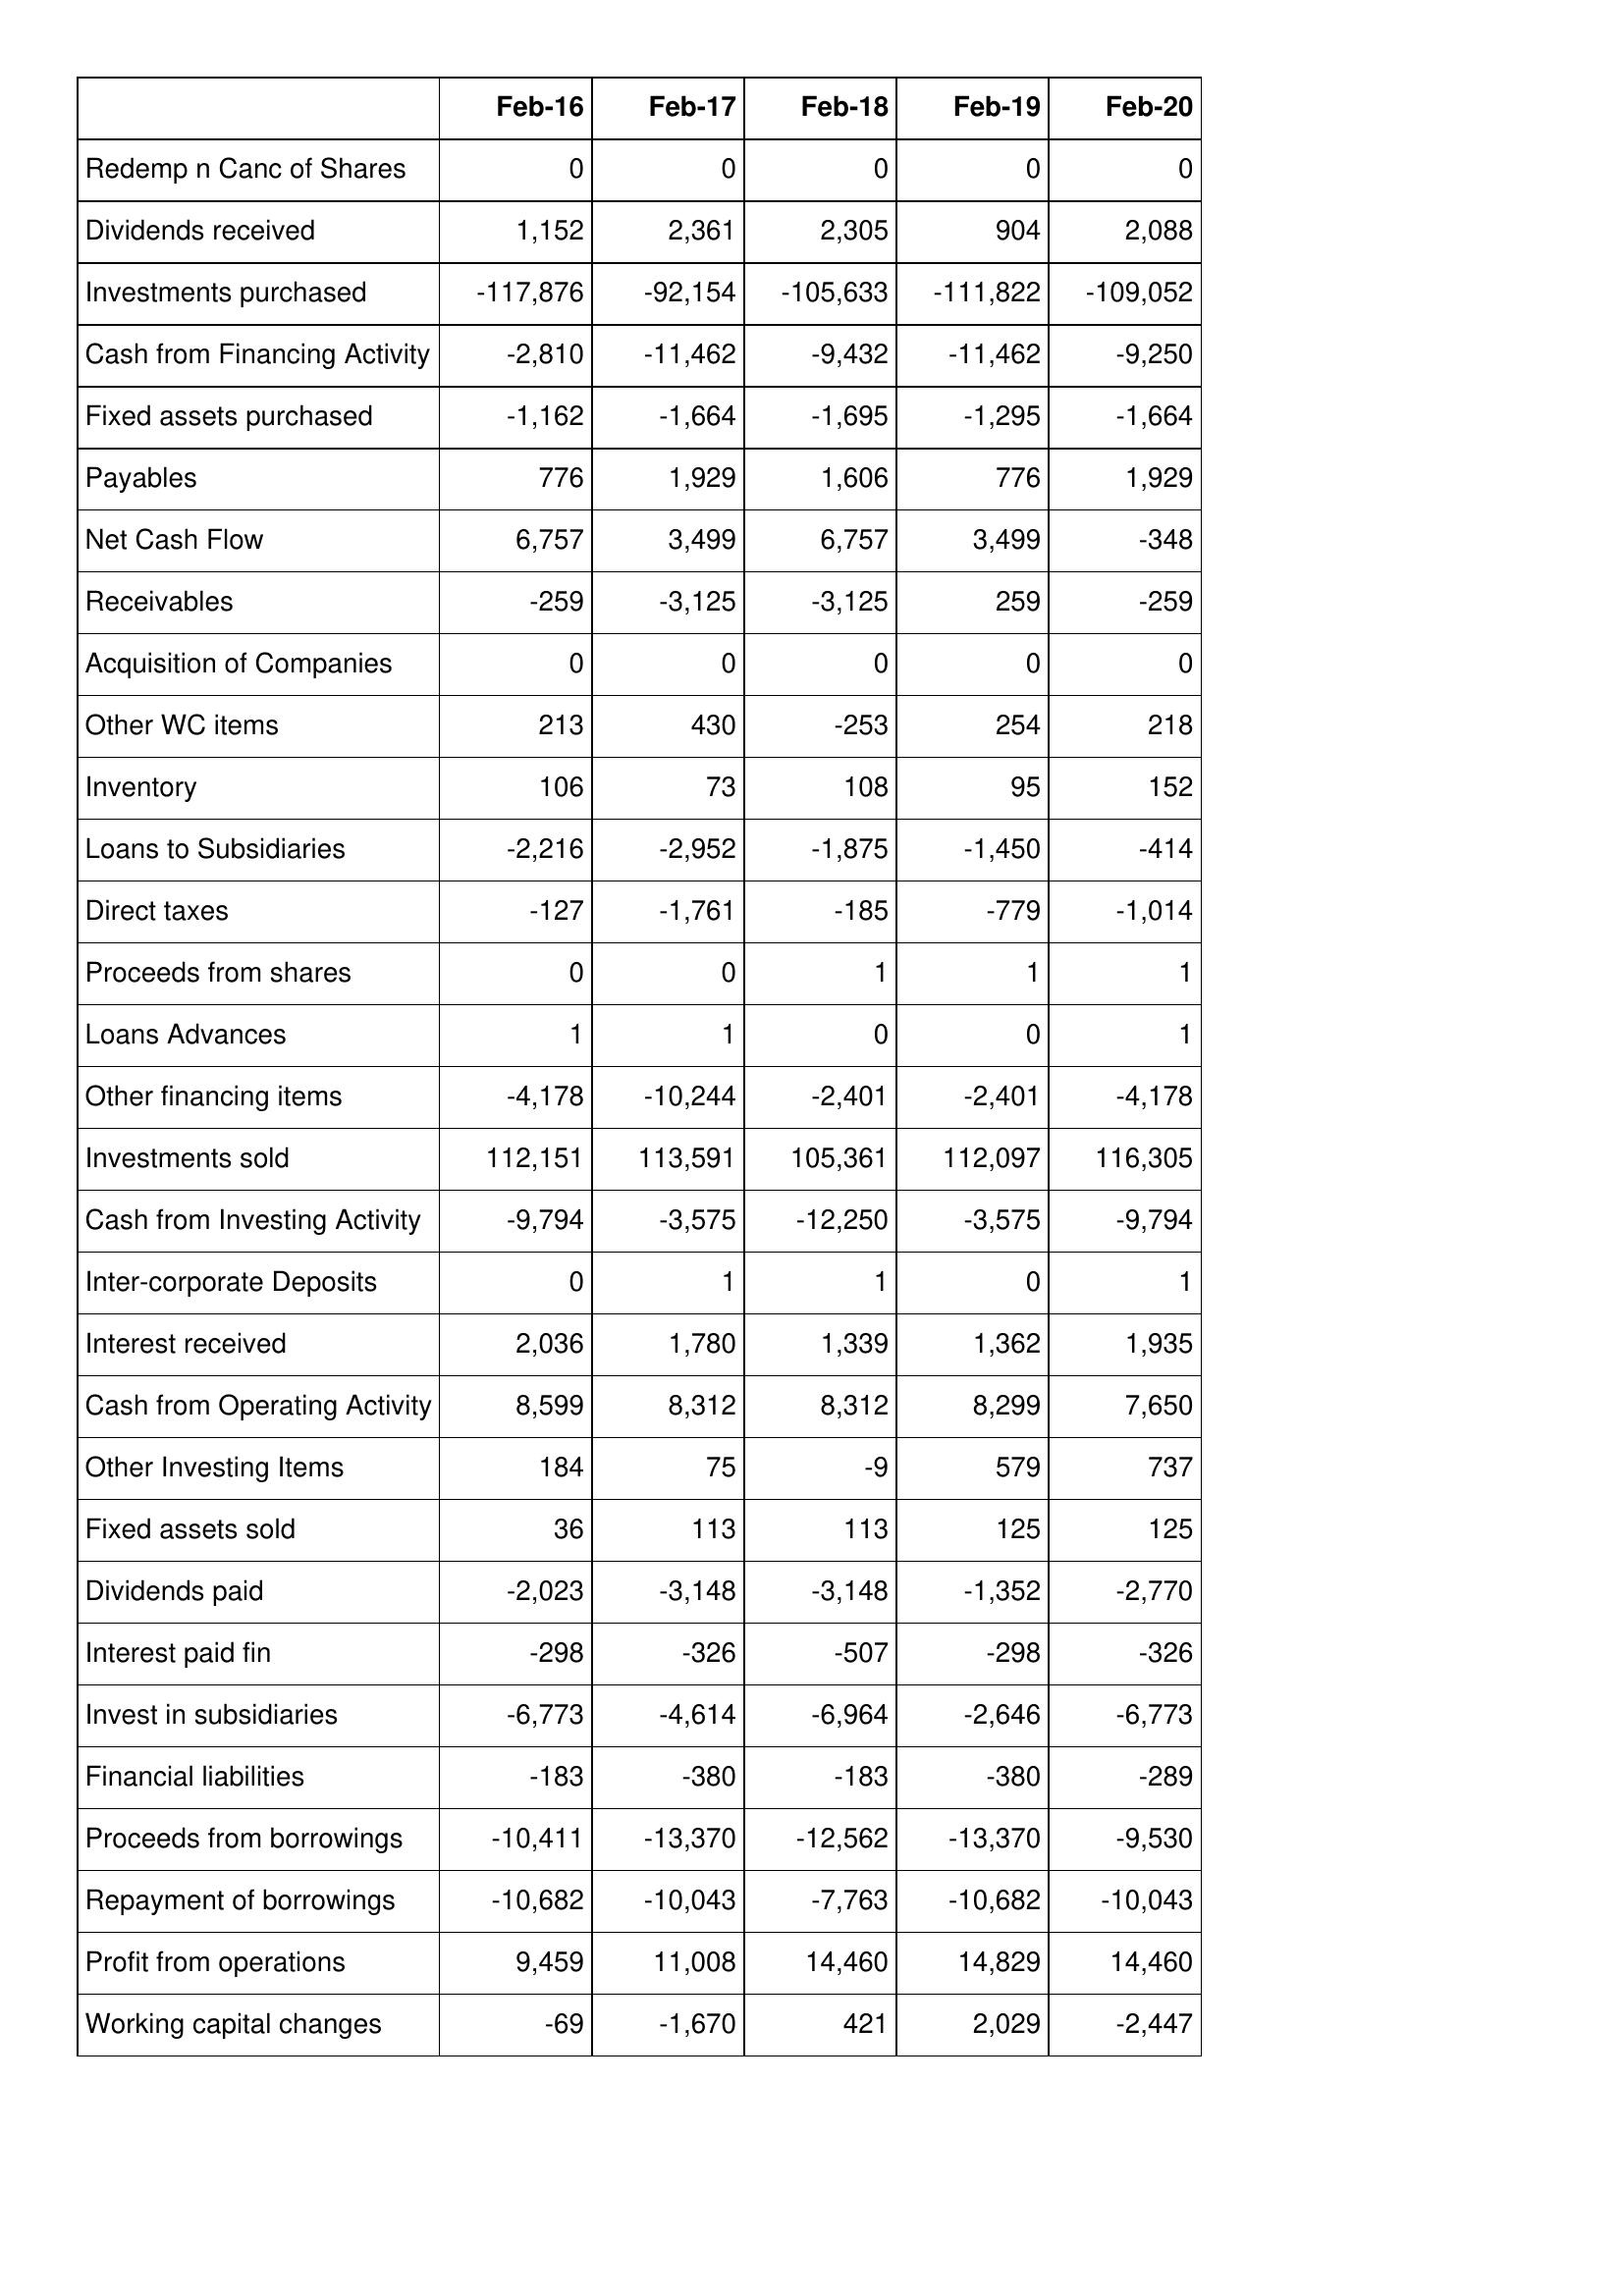
Feb-16: Cash Flows: Redemp n Canc of Shares: 0
Dividends received: 1,152
Investments purchased: -117,876
Cash from Financing Activity: -2,810
Fixed assets purchased: -1,162
Payables: 776
Net Cash Flow: 6,757
Receivables: -259
Acquisition of Companies: 0
Other WC items: 213
Inventory: 106
Loans to Subsidiaries: -2,216
Direct taxes: -127
Proceeds from shares: 0
Loans Advances: 1
Other financing items: -4,178
Investments sold: 112,151
Cash from Investing Activity: -9,794
Inter-corporate Deposits: 0
Interest received: 2,036
Cash from Operating Activity: 8,599
Other Investing Items: 184
Fixed assets sold: 36
Dividends paid: -2,023
Interest paid fin: -298
Invest in subsidiaries: -6,773
Financial liabilities: -183
Proceeds from borrowings: -10,411
Repayment of borrowings: -10,682
Profit from operations: 9,459
Working capital changes: -69
Feb-17: Cash Flows: Redemp n Canc of Shares: 0
Dividends received: 2,361
Investments purchased: -92,154
Cash from Financing Activity: -11,462
Fixed assets purchased: -1,664
Payables: 1,929
Net Cash Flow: 3,499
Receivables: -3,125
Acquisition of Companies: 0
Other WC items: 430
Inventory: 73
Loans to Subsidiaries: -2,952
Direct taxes: -1,761
Proceeds from shares: 0
Loans Advances: 1
Other financing items: -10,244
Investments sold: 113,591
Cash from Investing Activity: -3,575
Inter-corporate Deposits: 1
Interest received: 1,780
Cash from Operating Activity: 8,312
Other Investing Items: 75
Fixed assets sold: 113
Dividends paid: -3,148
Interest paid fin: -326
Invest in subsidiaries: -4,614
Financial liabilities: -380
Proceeds from borrowings: -13,370
Repayment of borrowings: -10,043
Profit from operations: 11,008
Working capital changes: -1,670
Feb-18: Cash Flows: Redemp n Canc of Shares: 0
Dividends received: 2,305
Investments purchased: -105,633
Cash from Financing Activity: -9,432
Fixed assets purchased: -1,695
Payables: 1,606
Net Cash Flow: 6,757
Receivables: -3,125
Acquisition of Companies: 0
Other WC items: -253
Inventory: 108
Loans to Subsidiaries: -1,875
Direct taxes: -185
Proceeds from shares: 1
Loans Advances: 0
Other financing items: -2,401
Investments sold: 105,361
Cash from Investing Activity: -12,250
Inter-corporate Deposits: 1
Interest received: 1,339
Cash from Operating Activity: 8,312
Other Investing Items: -9
Fixed assets sold: 113
Dividends paid: -3,148
Interest paid fin: -507
Invest in subsidiaries: -6,964
Financial liabilities: -183
Proceeds from borrowings: -12,562
Repayment of borrowings: -7,763
Profit from operations: 14,460
Working capital changes: 421
Feb-19: Cash Flows: Redemp n Canc of Shares: 0
Dividends received: 904
Investments purchased: -111,822
Cash from Financing Activity: -11,462
Fixed assets purchased: -1,295
Payables: 776
Net Cash Flow: 3,499
Receivables: 259
Acquisition of Companies: 0
Other WC items: 254
Inventory: 95
Loans to Subsidiaries: -1,450
Direct taxes: -779
Proceeds from shares: 1
Loans Advances: 0
Other financing items: -2,401
Investments sold: 112,097
Cash from Investing Activity: -3,575
Inter-corporate Deposits: 0
Interest received: 1,362
Cash from Operating Activity: 8,299
Other Investing Items: 579
Fixed assets sold: 125
Dividends paid: -1,352
Interest paid fin: -298
Invest in subsidiaries: -2,646
Financial liabilities: -380
Proceeds from borrowings: -13,370
Repayment of borrowings: -10,682
Profit from operations: 14,829
Working capital changes: 2,029
Feb-20: Cash Flows: Redemp n Canc of Shares: 0
Dividends received: 2,088
Investments purchased: -109,052
Cash from Financing Activity: -9,250
Fixed assets purchased: -1,664
Payables: 1,929
Net Cash Flow: -348
Receivables: -259
Acquisition of Companies: 0
Other WC items: 218
Inventory: 152
Loans to Subsidiaries: -414
Direct taxes: -1,014
Proceeds from shares: 1
Loans Advances: 1
Other financing items: -4,178
Investments sold: 116,305
Cash from Investing Activity: -9,794
Inter-corporate Deposits: 1
Interest received: 1,935
Cash from Operating Activity: 7,650
Other Investing Items: 737
Fixed assets sold: 125
Dividends paid: -2,770
Interest paid fin: -326
Invest in subsidiaries: -6,773
Financial liabilities: -289
Proceeds from borrowings: -9,530
Repayment of borrowings: -10,043
Profit from operations: 14,460
Working capital changes: -2,447